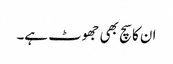
ان کا سچ بھی جھوٹ ہے۔